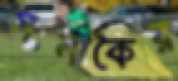
সনকৈর